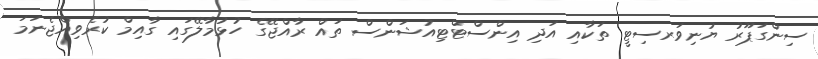
ސިންގަޕޫރު ޔުނިވަރސިޓީ ތަކާއި އަދި އިންސްޓްޓިއުޝަންސް ތައް ރާއްޖޭގެ ހުޅުމާލޭގައި ގާއިމް ކުރެވިއްޖެނަމަ